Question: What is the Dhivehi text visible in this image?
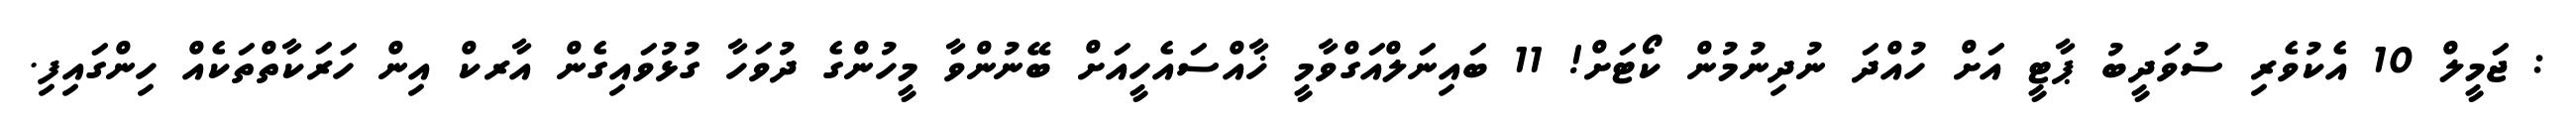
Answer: : ޖަމީލް 10 އެކުވެރި ސުވަދީބު ޕާޓީ އަށް ހުއްދަ ނުދިނުމުން ކޯޓަށް! 11 ބައިނަލްއަގްވާމީ ޚާއްސައެހީއަށް ބޭނުންވާ މީހުންގެ ދުވަހާ ގުޅުވައިގެން އާރކް އިން ހަރަކާތްތަކެއް ހިންގައިފި.